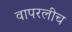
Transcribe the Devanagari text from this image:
वापरलीच